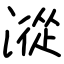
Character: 漎